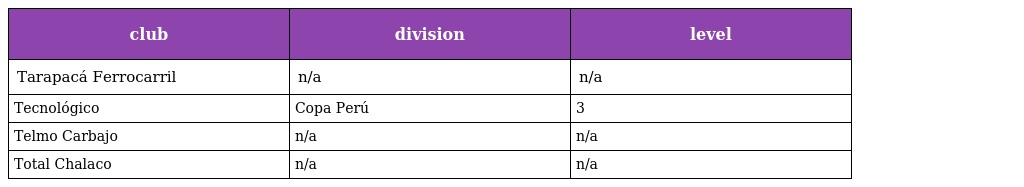
| club | division | level |
 | --- | --- | --- |
 | Tarapacá Ferrocarril | n/a | n/a |
 | Tecnológico | Copa Perú | 3 |
 | Telmo Carbajo | n/a | n/a |
 | Total Chalaco | n/a | n/a |